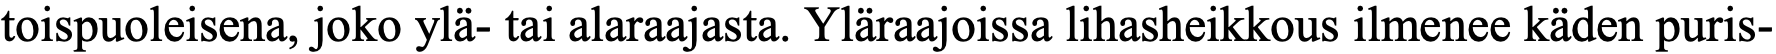
toispuoleisena, joko ylä- tai alaraajasta. Yläraajoissa lihasheikkous ilmenee käden puris-